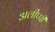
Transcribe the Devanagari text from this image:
अलीप्पी